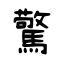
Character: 驚